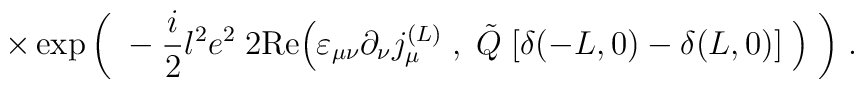
\times\exp \bigg( \; -\frac{i}{2} l^2 e^2 \; 2 \mbox{Re}\Big( \varepsilon_{\mu \nu} \partial_\nu j^{(L)}_\mu \; , \; \tilde{Q} \;[ \delta(-L,0) - \delta(L,0) ] \; \Big) \; \bigg) \; .